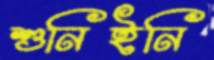
শুনিইনি